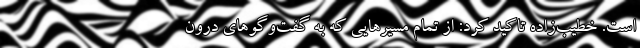
است. خطیب‌زاده تاکید کرد: از تمام مسیرهایی که به گفت‌وگوهای درون